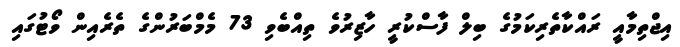
އިޖްތިމާއީ ރައްކާތެރިކަމުގެ ބިލް ފާސްކުރީ ހާޒިރުވެ ތިއްބެވި 73 މެމްބަރުންގެ ތެރެއިން ވޯޓުގައި